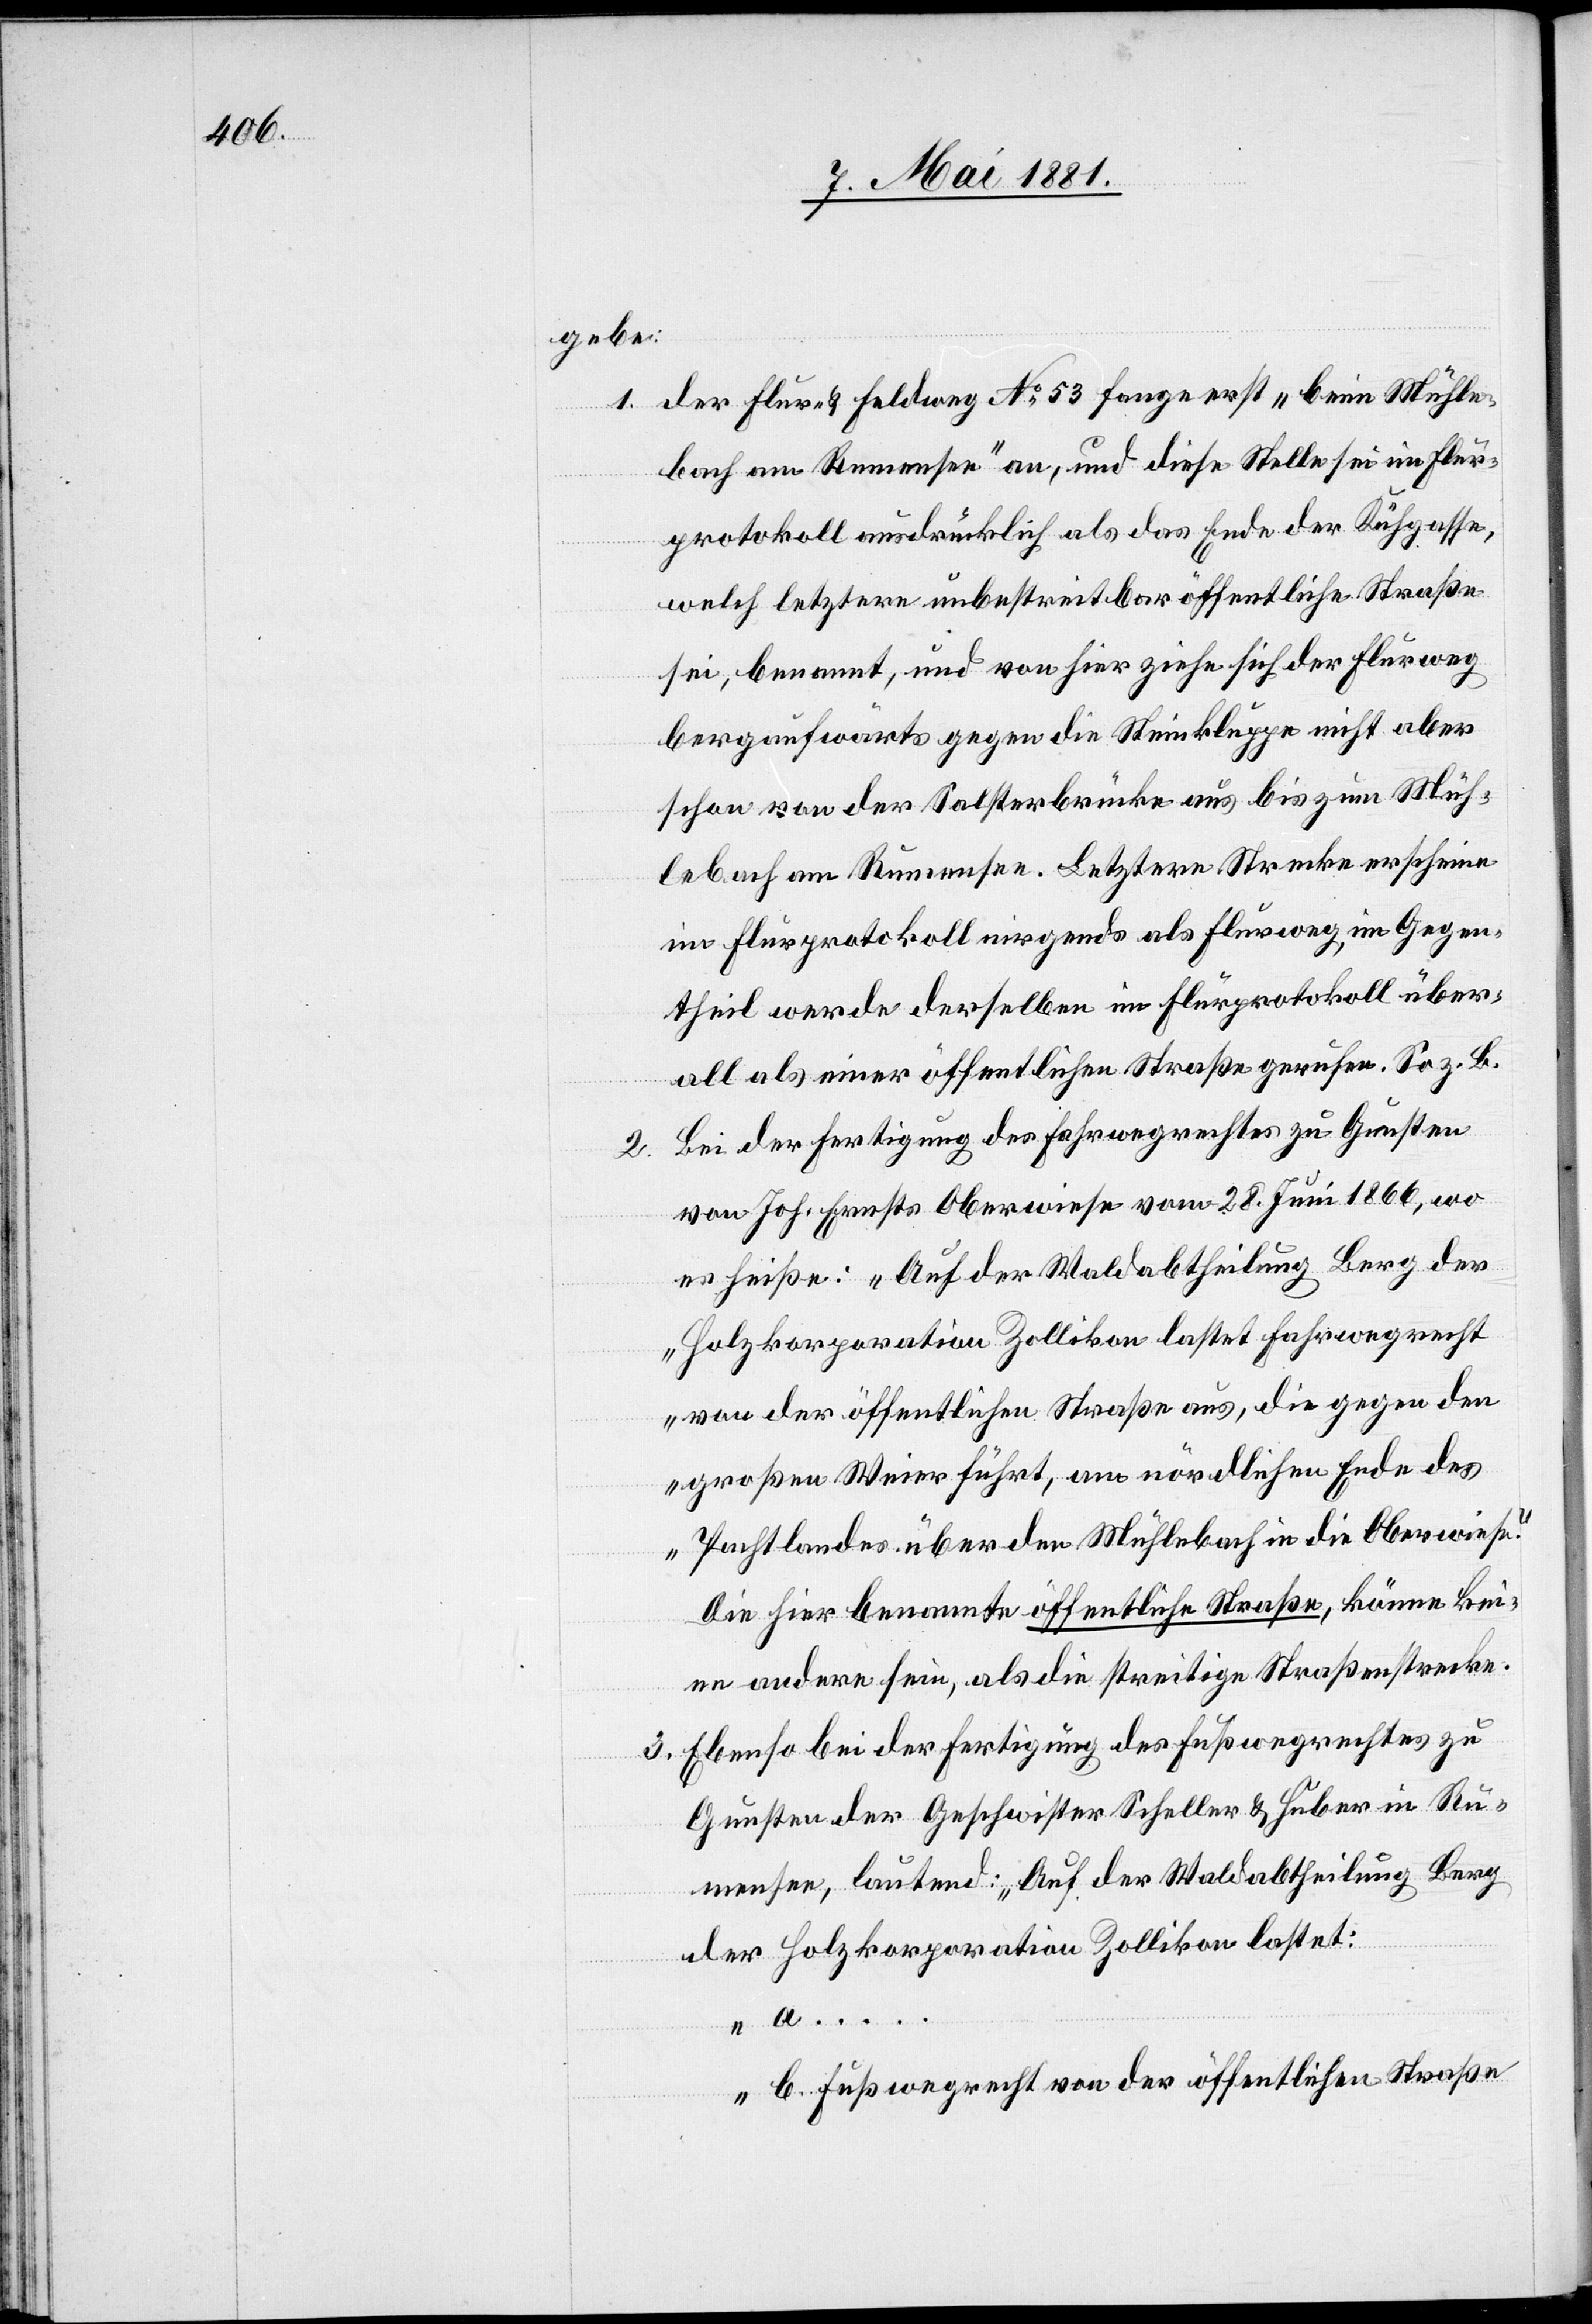
2.

gebe:
1. der Flur- & Feldweg No 53 fange erst „beim Mühle¬
bach am Rumensee“ an, und diese Stelle sei im Flur¬
a….
protokoll ausdrücklich als das Ende der Kühgasse,
welch letztere unbestreitbar öffentliche Straße
sei, benannt, und von hier ziehe sich der Flurweg
bergaufwärts gegen die Steinklappe nicht aber
schon von der Salsterbrücke aus bis zum Müh¬
lebach am Rumensee. Letztere Strecke erscheine
im Flurprotokoll nirgends als Flurweg, im Gegen¬
theil werde derselben im Flurprotokoll über¬
all als einer öffentlichen Straße gerufen. So z. B.
bei der Fertigung des Fahrwegrechtes zu Gunsten
von Joh. Ernstes Oberwiese vom 28. Juni 1866, wo
es heiße: „Auf der Waldabtheilung Berg der
Holzkorporation Zollikon lastet Fahrwegrecht
von der öffentlichen Straße aus, die gegen den
großen Weier führt, am nördlichen Ende des
Pachtlandes über den Mühlebach in die Oberwiese.“
Die hier benannte öffentliche Straße, könne kei¬
ne andere sein, als die streitige Straßenstrecke.
3. Ebenso bei der Fertigung des Fußwegrechtes zu
Gunsten der Geschwister Scheller & Huber in Ru¬
mensee, lautend: „Auf der Waldabtheilung Berg
der Holzkorporation Zollikon lastet:
b. Fußwegrecht von der öffentlichen Straße